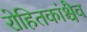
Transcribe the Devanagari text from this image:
रोहितकांश्चैव